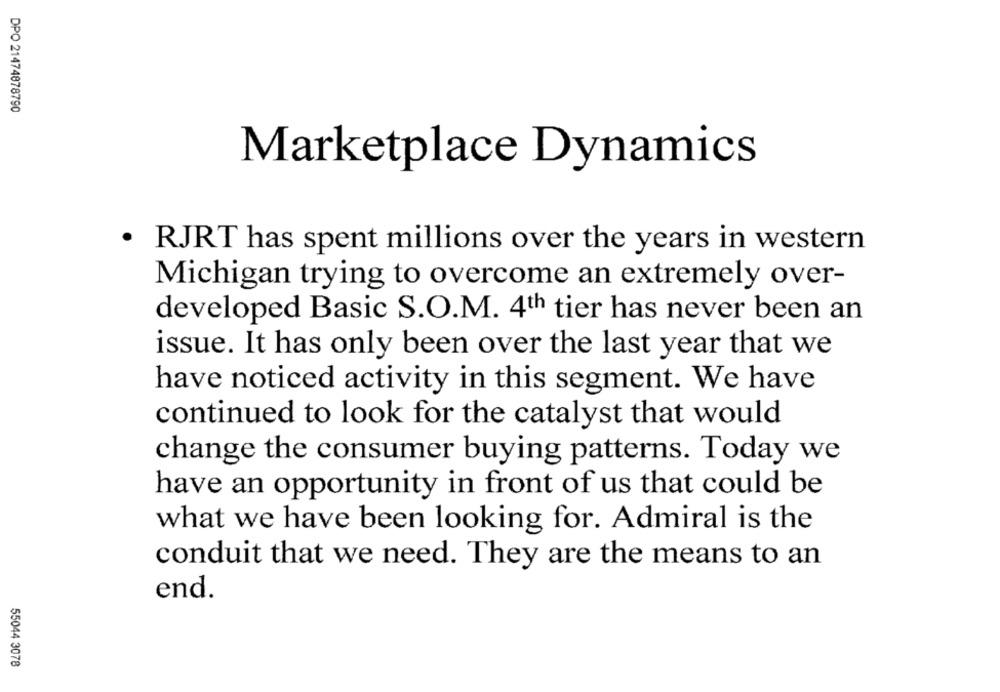
DPO 21474878790
Marketplace Dynamics
· RJRT has spent millions over the years in western
Michigan trying to overcome an extremely over-
developed Basic S.O.M. 4th tier has never been an
issue. It has only been over the last year that we
have noticed activity in this segment. We have
continued to look for the catalyst that would
change the consumer buying patterns. Today we
have an opportunity in front of us that could be
what we have been looking for. Admiral is the
conduit that we need. They are the means to an
end.
55044 3078